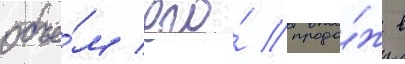
объе́м его́ прода́ж в